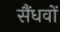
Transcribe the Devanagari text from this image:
सैंधवों